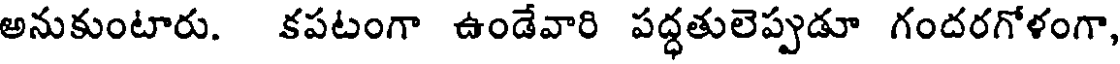
అనుకుంటారు. కపటంగా ఉండేవారి పద్ధతులెప్పుడూ గందరగోళంగా,